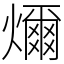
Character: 𤐨